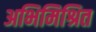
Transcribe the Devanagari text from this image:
अभिमिश्रित